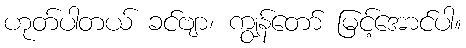
ဟုတ်ပါတယ် ခင်ဗျာ၊ ကျွန်တော် မြင့်အောင်ပါ။